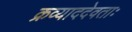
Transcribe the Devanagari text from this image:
क्रव्याददेवताः